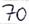
Text: 70